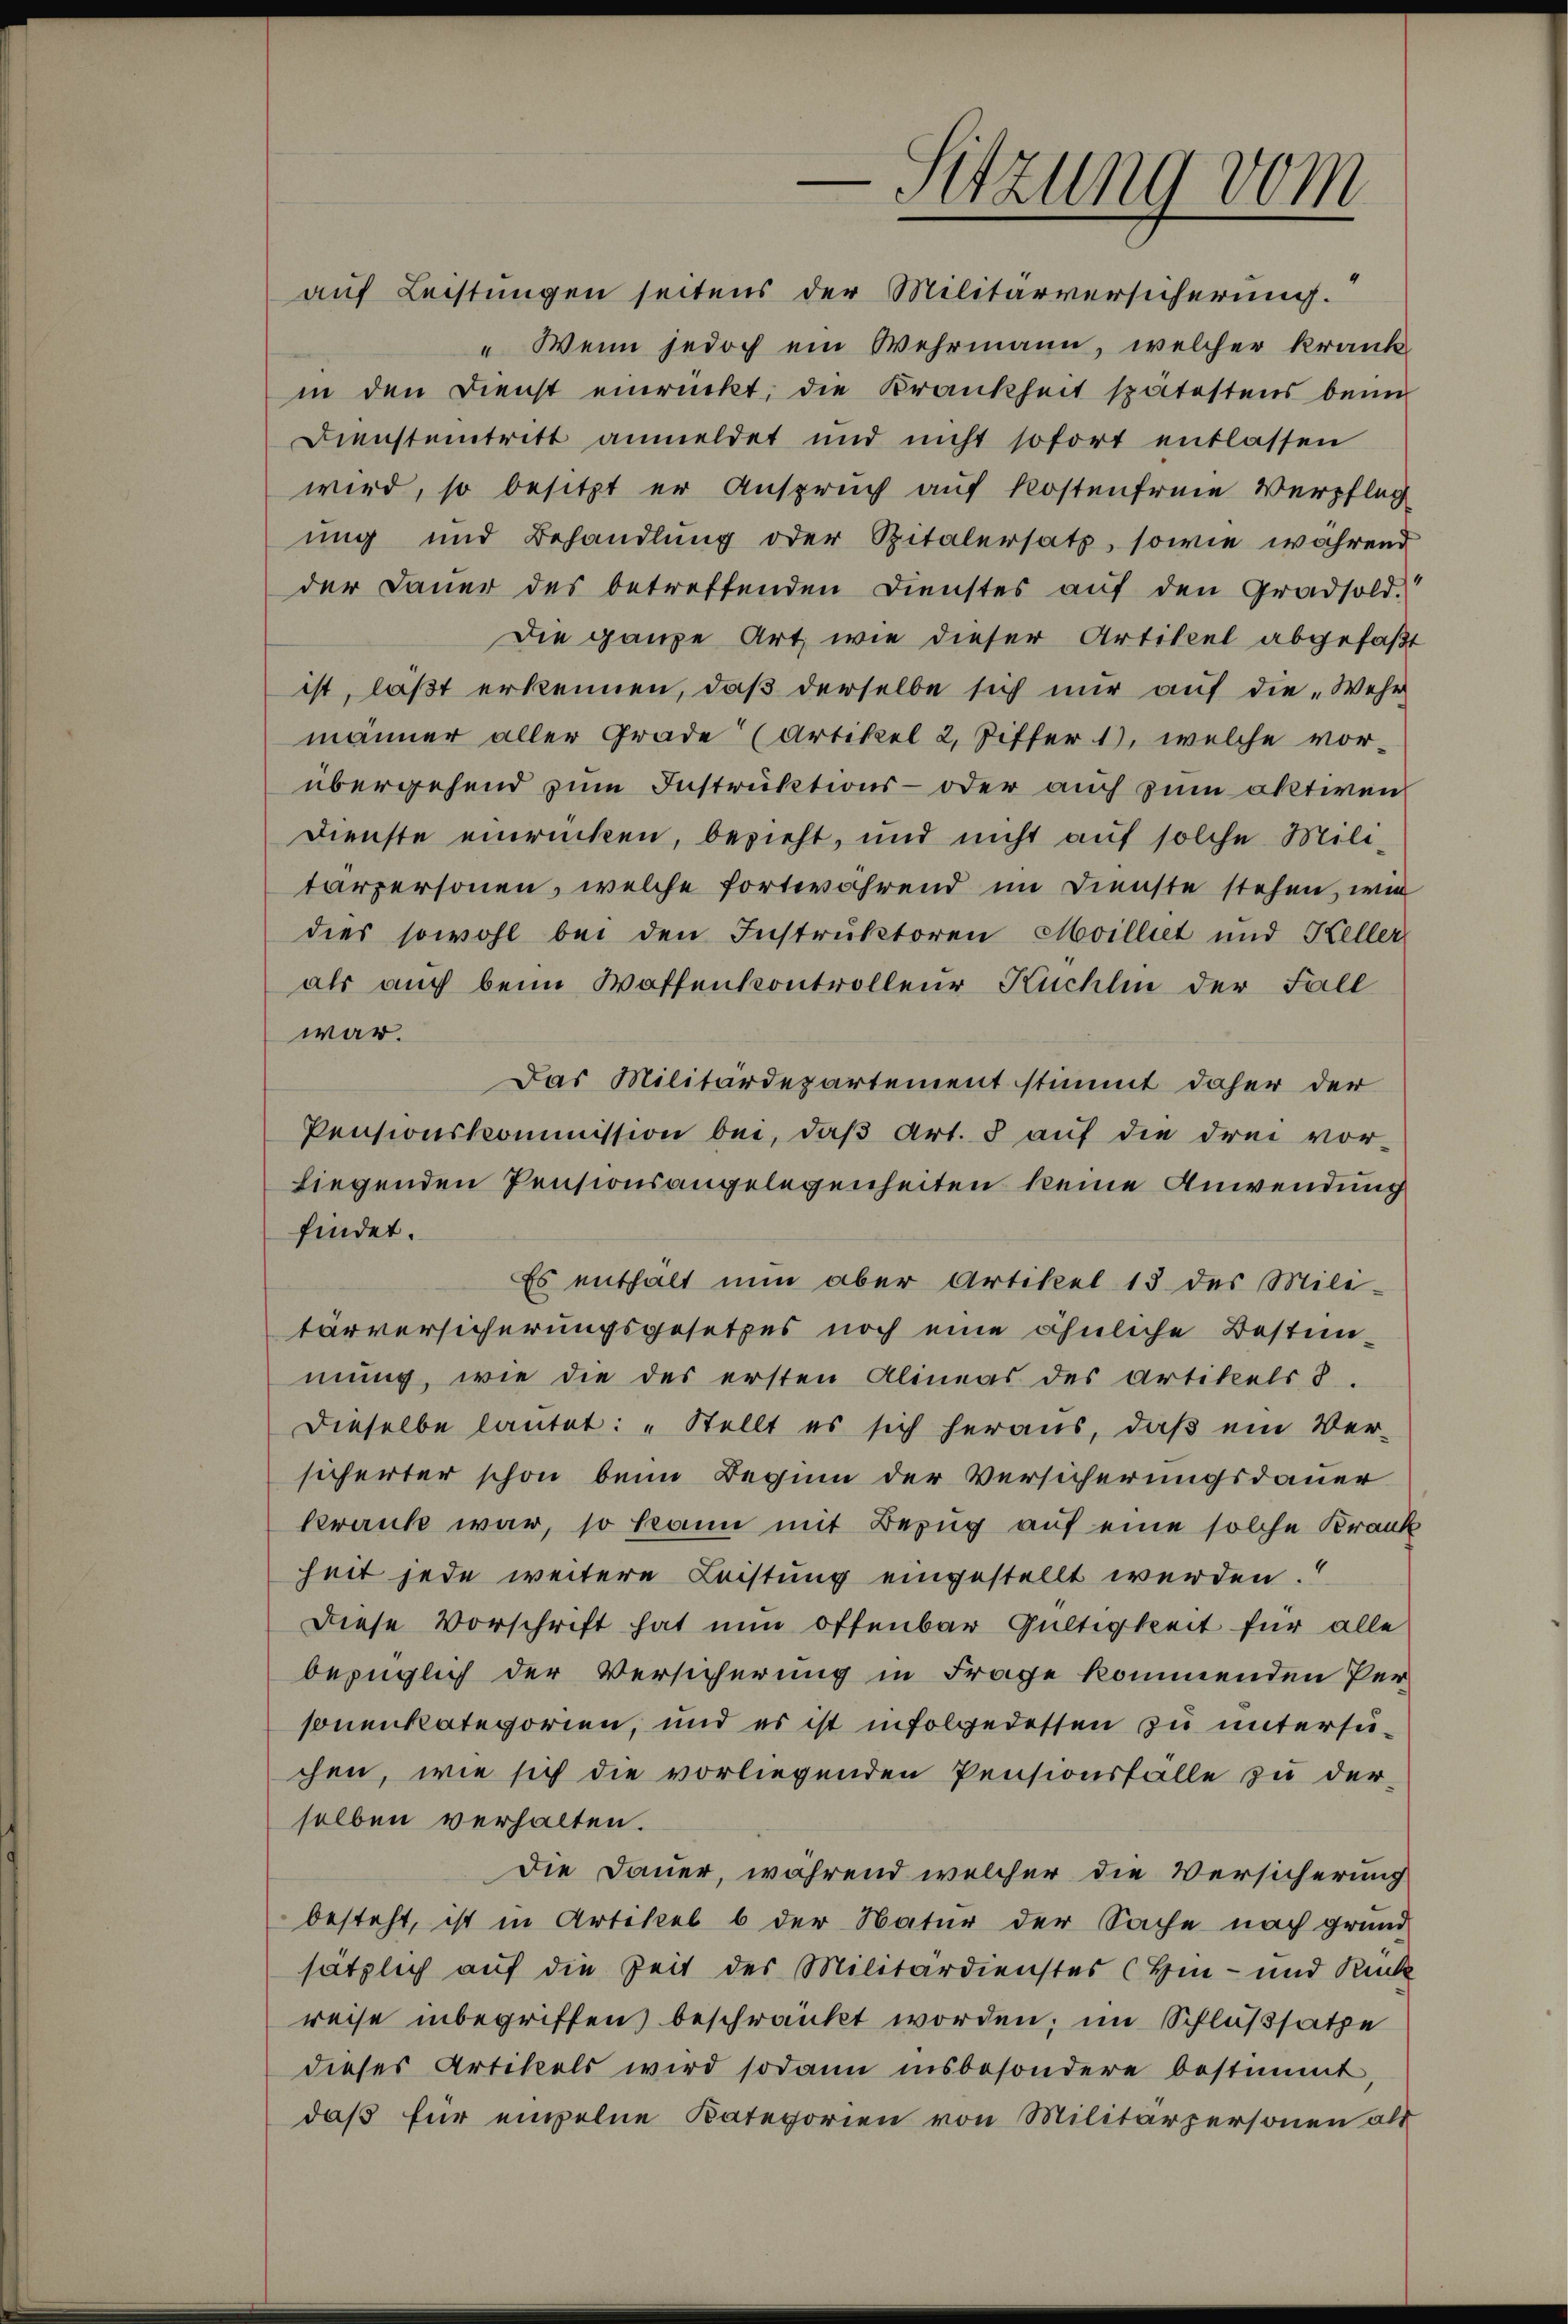
Sitzung vom

auf Leistungen seitens der Militärversicherung.
" Wenn jedoch ein Wehrmann, welcher krank
in den Dienst einrückt, die Krankheit spätestens beim
Diensteintritt anmeldet und nicht sofort entlassen
wird, so besitzt er Anspruch auf Kostenfreie Verpfleg
ung und Behandlung oder Spitalersatz, sowie während
der Dauer des betreffenden Dienstes aŭf den Gradsold.
Die ganze Art, wie dieser Artikel abgefaßt
ist, läßt erkennen, daß derselbe sich nur auf die „Wehr
männer aller Grade (Artikel 2, Ziffer 1), welche vorübergehend zum Instruktions- oder auch zum aktiven
Dienste einrücken, bezieht, und nicht auf solche Mili-
tärpersonen, welche fortwährend im Dienste stehen, wie
dies sowohl bei den Instruktoren Moilliet und Keller
als auch beim Waffenkontrolleur Kuchlin der Fall
war.
Das Militärdepartement stimmt daher der
Pensionskommission bei, daß Art. 3 auf die drei vor-
liegenden Pensionsangelegenheiten keine Anwendung
findet.
Es enthält nun aber Artikel 13 des Mili-
tärversicherungsgesetzes noch eine ähnliche Bestimmung, wie die des ersten Alineas des Artikels 8.
Dieselbe lautet: „Stellt es sich heraus, daß ein Ver-
sicherter schon beim Beginn der Versicherungsdauer
krank war, so kann mit Bezug auf eine solche Krank
heit jede weitere Leistung eingestellt werden.
Diese Vorschrift hat nun offenbar Gültigkeit für alle
bezüglich der Versicherung in Frage kommenden Personenkategorien, und es ist infolgedessen zu untersuchen, wie sich die vorliegenden Pensionsfälle zu der
selben verhalten.
Die Dauer, während welcher die Versicherung
besteht, ist in Artikel b der Natur der Sache nach grund
sätzlich auf die Zeit des Militärdienstes (Hin- und Rück
reise inbegriffen beschränkt worden; im Schlußsatze
dieses Artikels wird sodann insbesondere bestimmt,
daß für einzelne Kategorien von Militärpersonen als